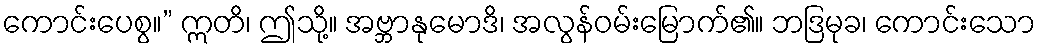
ကောင်းပေစွ။” ဣတိ၊ ဤသို့။ အဗ္ဘာနုမောဒိ၊ အလွန်ဝမ်းမြောက်၏။ ဘဒြမုခ၊ ကောင်းသော